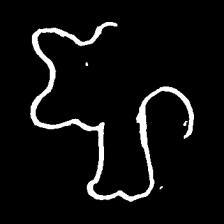
Pyu character \u2014 Myanmar letter: ဈ (romanized: jha)